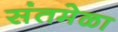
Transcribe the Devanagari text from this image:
संतमेळा